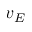
v _ { E }